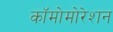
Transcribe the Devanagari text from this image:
कॉमोमोरेशन